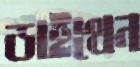
ডাইথেন